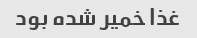
غذا خمیر شده بود